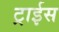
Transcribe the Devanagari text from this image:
ट्राईस